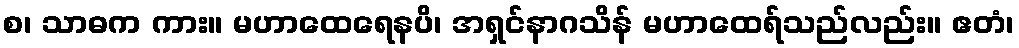
စ၊ သာဓက ကား။ မဟာထေရေနပိ၊ အရှင်နာဂသိန် မဟာထေရ်သည်လည်း။ ဧတံ၊